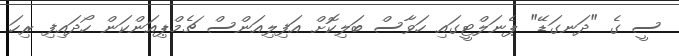
ސީ ގެ "ދަނގަޑޭ" ޕެނަލްޓީގައި ހަވާސް ބަލިކޮށް އަފިލިއަންސް ޗެމްޕިއަންކަން ހޯދައިފި ރިހަ